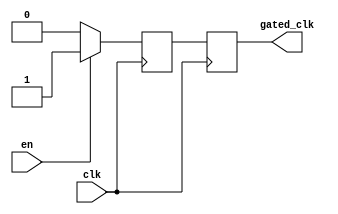
module clock_gating_buffer (
    input wire clk,       // Primary clock input
    input wire en,        // Enable signal
    output reg gated_clk  // Gated clock output
);

// Internal signal to hold the gated clock state
reg gated_clk_int;

// Always block to control the gated clock based on the enable signal
always @(posedge clk) begin
    if (en) begin
        gated_clk_int <= 1'b1; // Allow clock to pass
    end else begin
        gated_clk_int <= 1'b0; // Hold clock low
    end
end

// Assign gated clock output
always @(posedge clk) begin
    gated_clk <= gated_clk_int; // Synchronize gated clock output
end

endmodule